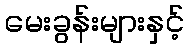
မေးခွန်းများနှင့်